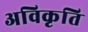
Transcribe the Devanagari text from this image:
अविकृति